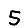
Digit: 5